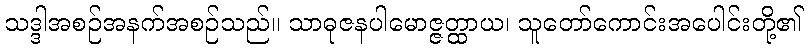
သဒ္ဒါအစဉ်အနက်အစဉ်သည်။ သာဓုဇနပါမောဇ္ဇတ္ထာယ၊ သူတော်ကောင်းအပေါင်းတို့၏